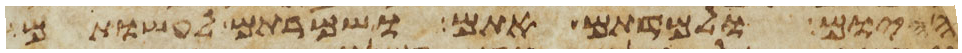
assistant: היום ולמדתם אתם ושמרתם לעשותם